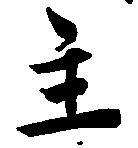
主